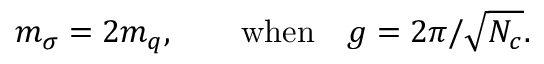
m _ { \sigma } = 2 m _ { q } , ~ ~ ~ ~ ~ ~ \mathrm { w h e n } ~ ~ ~ g = 2 \pi / \sqrt { N _ { c } } .